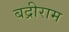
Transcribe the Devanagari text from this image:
बद्रीराम